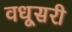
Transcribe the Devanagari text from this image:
वधूसरी